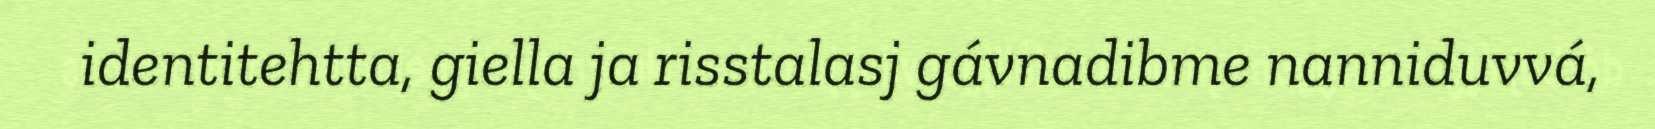
identitehtta, giella ja risstalasj gávnadibme nanniduvvá,